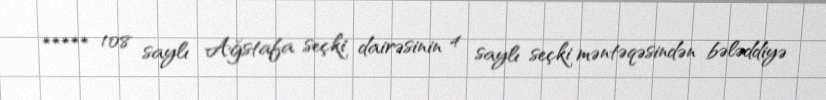
***** 108 saylı Ağstafa seçki dairəsinin 4 saylı seçki məntəqəsindən bələddiyə